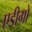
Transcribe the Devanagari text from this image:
एडीगो